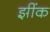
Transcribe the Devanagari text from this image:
झींक